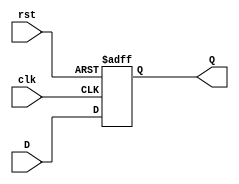
module D_flip_flop_AR(Q, D, clk, rst);

	output Q;
	input D, clk, rst;
	reg Q;

	always @(posedge clk or negedge rst)
		if (!rst) Q <= 1'b0;
		else Q <= D;

endmodule